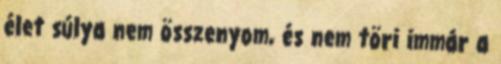
élet súlya nem összenyom, és nem töri immár a